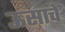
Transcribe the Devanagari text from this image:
ऊसाचे